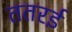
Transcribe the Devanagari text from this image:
ततरई